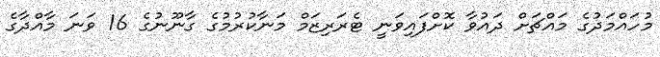
މުހައްމަދުގެ މައްޗަށް ދައުވާ ކޮށްފައިވަނީ ޓެރަރިޒަމް މަނާކުރުމުގެ ގާނޫނުގެ 16 ވަނަ މާއްދާގެ